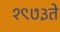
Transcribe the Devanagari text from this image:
१९७३ते